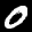
Label: 0